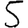
Digit: 5